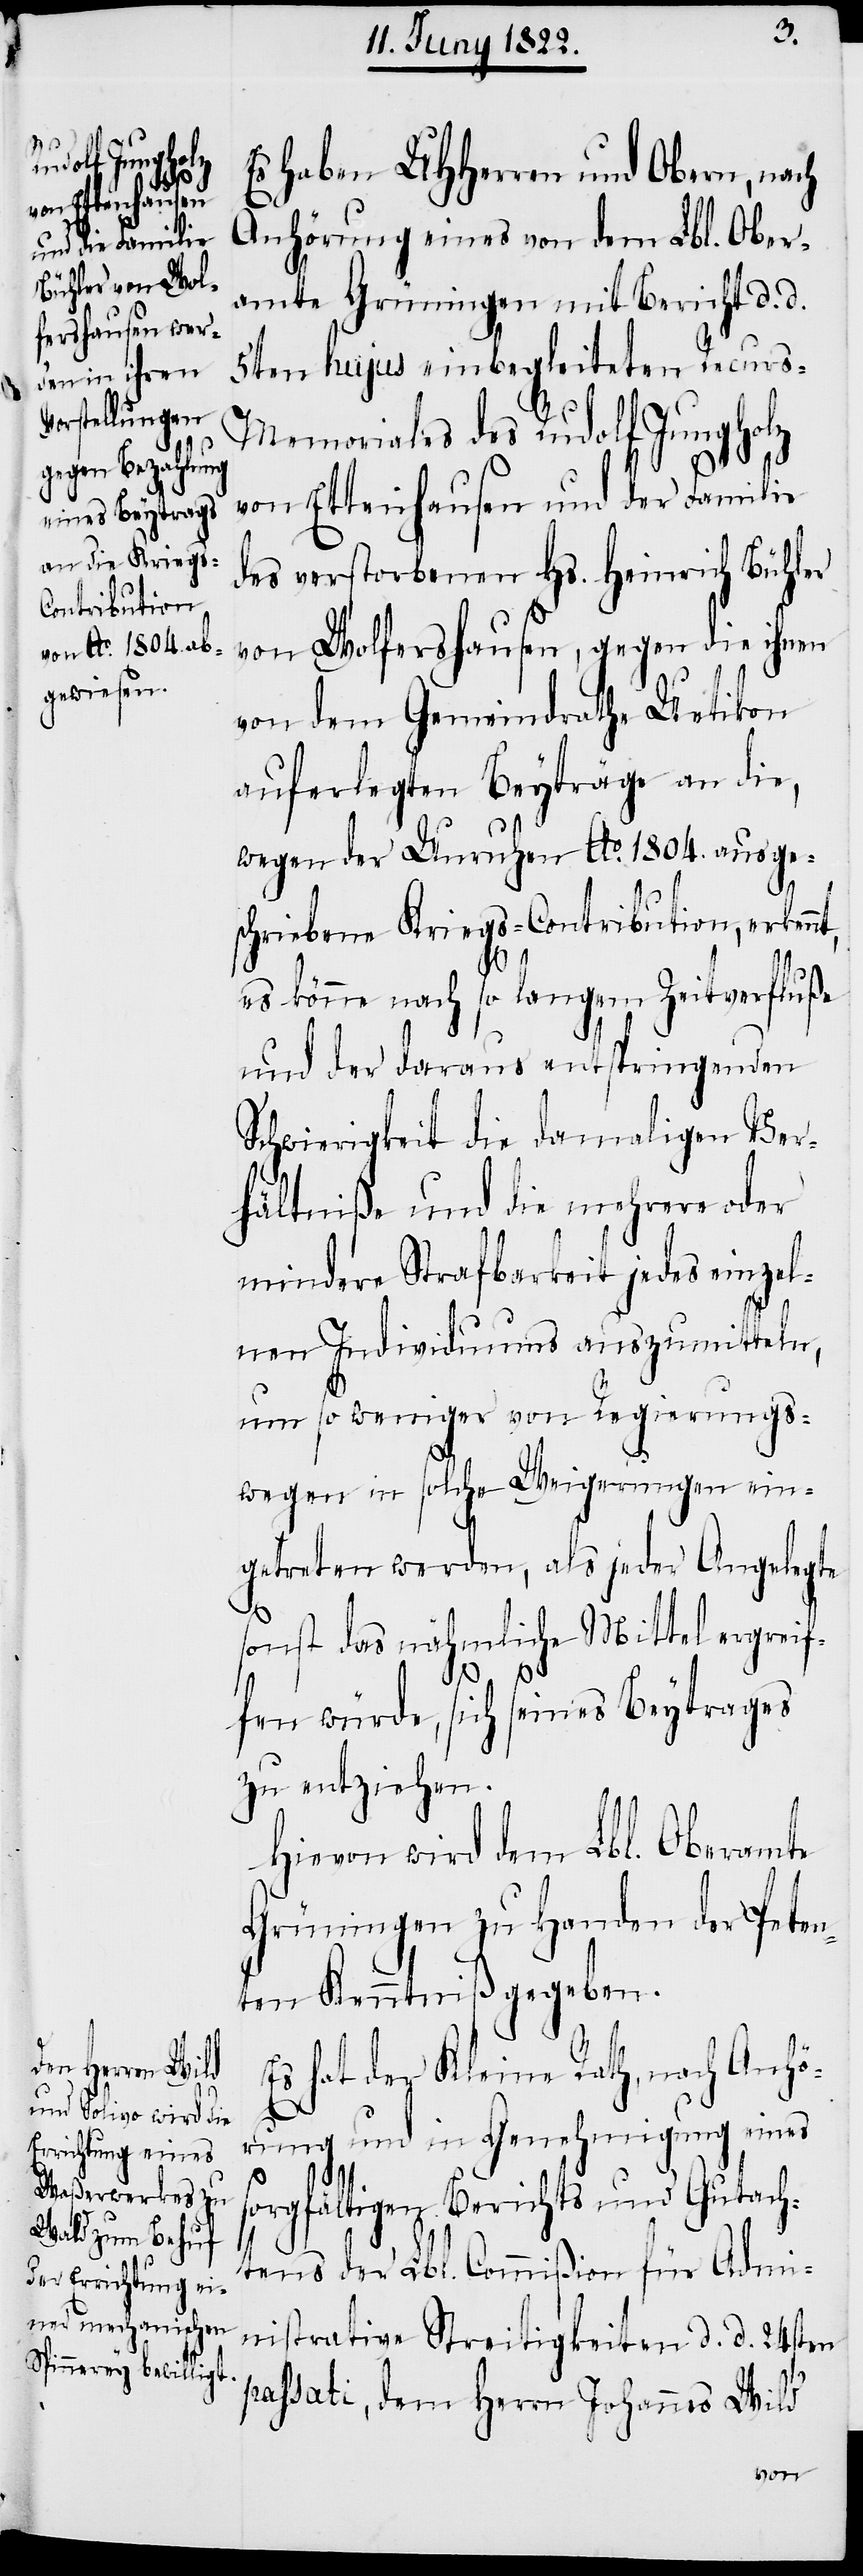
Es haben UHHerren und Obern, nach
Anhörung eines von dem Lbl. Ober¬
amte Grüningen mit Bericht d. d.
5ten hujus einbegleiteten Recur¬
s-Memoriales des Rudolf Jungholz
von Ettenhausen und der Familie
des verstorbenen Hs. Heinrich Bühler
von Wolfershausen, gegen die ihnen
von dem Gemeindrathe Uetikon
auferlegten Beyträge an die,
wegen der Unruhen Ao. 1804. ausge¬
schriebene Kriegs-Contribution, erkenn¬
es könne nach so langem Zeitverfluße
und der daraus entspringenden
Schwierigkeit die damaligen Ver¬
hältniße und die mehrere oder
mindere Strafbarkeit jedes einzel¬
nen Individuums auszumitteln,
um so weniger von Regierungs¬
wegen in solche Weigerungen ein¬
getreten werden, als jeder Angelegte
sonst das nähmliche Mittel ergreif¬
t,
fen würde, sich seines Beytrages
zu entziehen.
Hievon wird dem Lbl. Oberamte
Grüningen zu Handen der Peten¬
ten Kenntniß gegeben.
Es hat der Kleine Rath, nach Anhö¬
rung und in Genehmigung eines
sorgfältigen Berichts und Gutach¬
tens der Lbl. Commißion für Admi¬
nistrative Streitigkeiten d. d. 24sten
passati, dem Herrn Johannes Wild